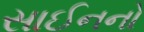
સાઈનનો